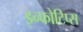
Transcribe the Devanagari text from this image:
इन्फोटिप्स